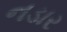
નડાર